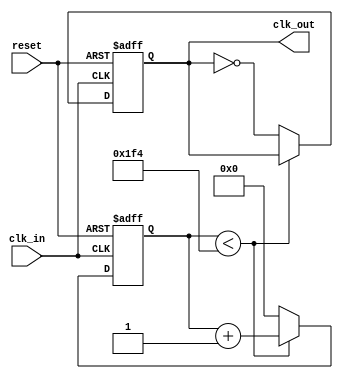
`timescale 1ns / 1ps

module clock_div (clk_in,clk_out,reset);
	input clk_in, reset;		//100MHZ clock in
	output reg clk_out;			
	parameter n=500;			//having 500 periods 1 and 500 periods 0
	parameter logn=8;			
	reg [logn:0]count;			//setting the corect count vector size
	
	always@(posedge clk_in or posedge reset)
	begin
		if (reset) begin 
			clk_out<=1'b0; count<=0; end		//resetting values
		else if (count < n) count<=count+1'b1;		//increase the count with every clock cycle
		else begin clk_out<=~clk_out; count<=1'b0; end	//toggle when clock cycles have finished
	end
endmodule